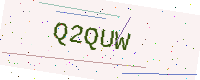
Text: Q2QUW